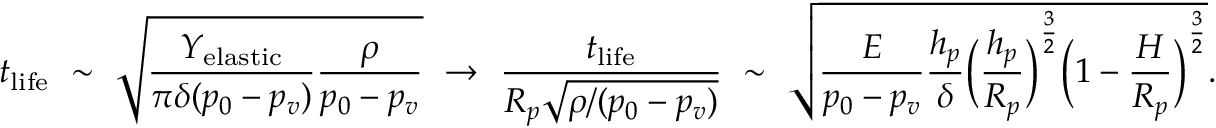
t _ { \mathrm { l i f e } } ~ \sim ~ \sqrt { \frac { Y _ { \mathrm { e l a s t i c } } } { \pi \delta ( p _ { 0 } - p _ { v } ) } \frac { \rho } { p _ { 0 } - p _ { v } } } ~ \rightarrow ~ \frac { t _ { \mathrm { l i f e } } } { R _ { p } \sqrt { \rho / ( p _ { 0 } - p _ { v } ) } } ~ \sim ~ \sqrt { \frac { E } { p _ { 0 } - p _ { v } } \frac { h _ { p } } { \delta } \bigg ( \frac { h _ { p } } { R _ { p } } \bigg ) ^ { \frac { 3 } { 2 } } \bigg ( 1 - \frac { H } { R _ { p } } \bigg ) ^ { \frac { 3 } { 2 } } } .